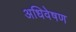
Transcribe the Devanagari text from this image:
अधिवेषण